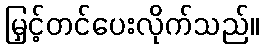
မြှင့်တင်ပေးလိုက်သည်။